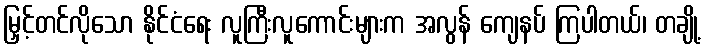
မြှင့်တင်လိုသော နိုင်ငံရေး လူကြီးလူကောင်းများက အလွန် ကျေနပ် ကြပါတယ်၊ တချို့